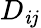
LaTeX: D_{\mathit{i}j}